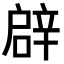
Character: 𨐙